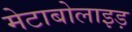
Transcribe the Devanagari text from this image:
मेटाबोलाइड़